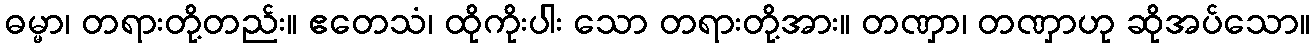
ဓမ္မာ၊ တရားတို့တည်း။ ဧတေသံ၊ ထိုကိုးပါး သော တရားတို့အား။ တဏှာ၊ တဏှာဟု ဆိုအပ်သော။